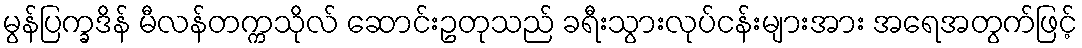
မွန်ပြက္ခဒိန် မီလန်တက္ကသိုလ် ဆောင်းဥတုသည် ခရီးသွားလုပ်ငန်းများအား အရေအတွက်ဖြင့်